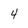
Character: 4